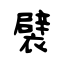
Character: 襞